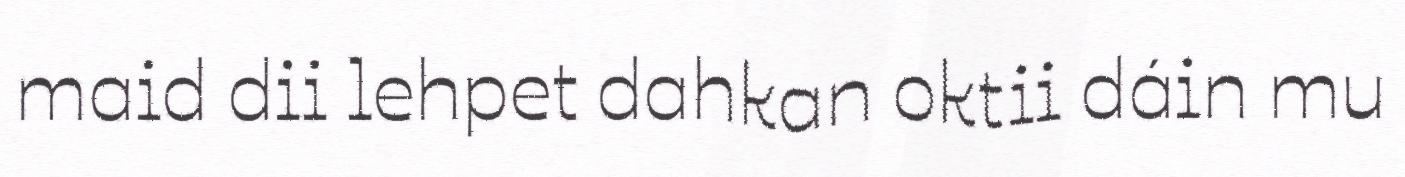
maid dii lehpet dahkan oktii dáin mu